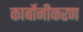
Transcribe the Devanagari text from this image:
कार्बोनीकरण